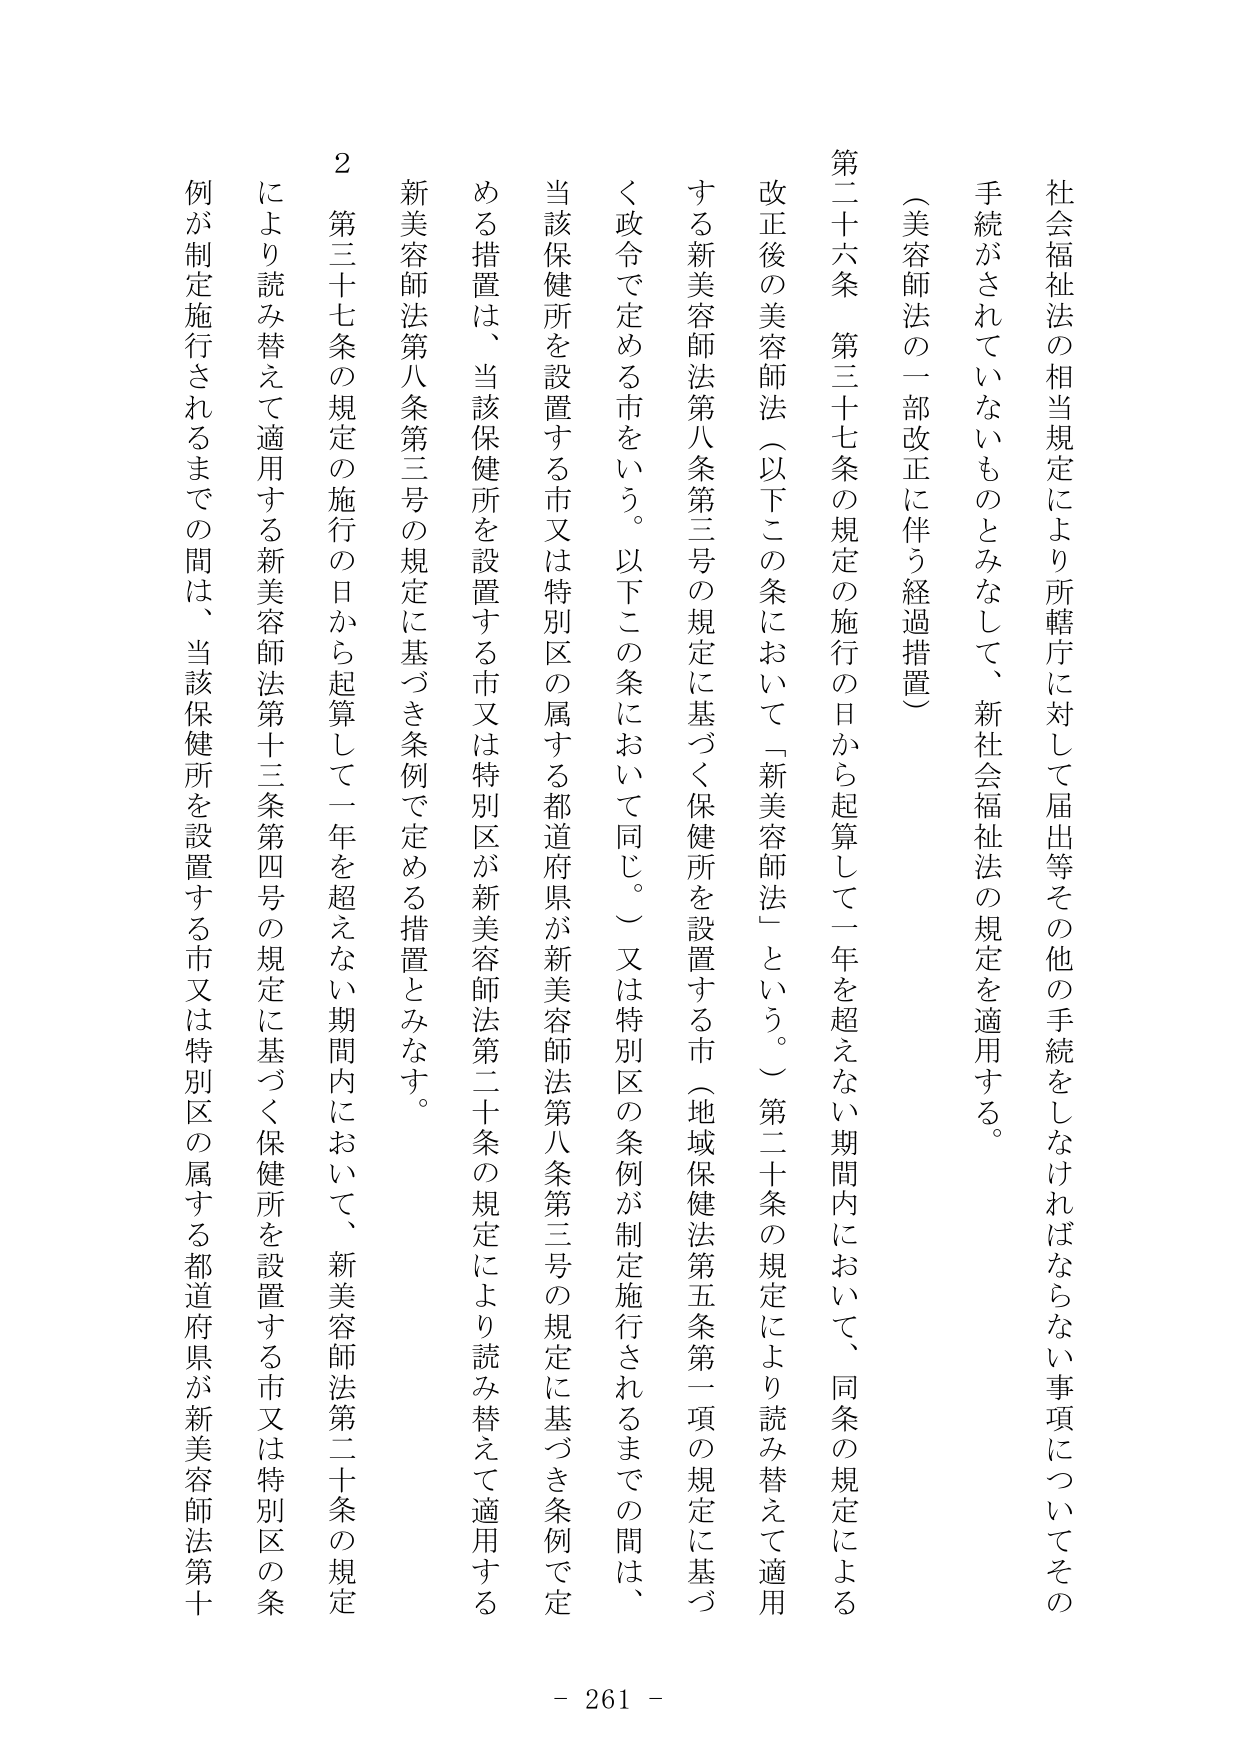
社会福祉法の相当規定により所轄庁に対して届出等その他の手続をしなければならない事項についてその手続がされていないものとみなして、新社会福祉法の規定を適用する。

（美容師法の一部改正に伴う経過措置）

第二十六条　第三十七条の規定の施行の日から起算して一年を超えない期間内において、同条の規定による改正後の美容師法（以下この条において「新美容師法」という。）第二十条の規定により読み替えて適用する新美容師法第八条第三号の規定に基づく保健所を設置する市（地域保健法第五条第一項の規定に基づく政令で定める市をいう。以下この条において同じ。）又は特別区の条例が制定施行されるまでの間は、当該保健所を設置する市又は特別区の属する都道府県が新美容師法第八条第三号の規定に基づき条例で定める措置は、当該保健所を設置する市又は特別区が新美容師法第二十条の規定により読み替えて適用する新美容師法第八条第三号の規定に基づき条例で定める措置とみなす。

２　第三十七条の規定の施行の日から起算して一年を超えない期間内において、新美容師法第二十条の規定により読み替えて適用する新美容師法第十三条第四号の規定に基づく保健所を設置する市又は特別区の条例が制定施行されるまでの間は、当該保健所を設置する市又は特別区の属する都道府県が新美容師法第十三

- 261 -